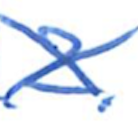
Text: 2.
Cross-out: cross
Writing tool: ballpoint